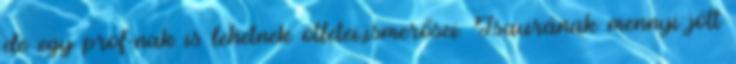
de egy prof-nak is lehetnek ötletei,ismerősei. Isaurának mennyi jött